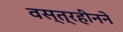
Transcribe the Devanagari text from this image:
वस्त्रहीनने